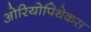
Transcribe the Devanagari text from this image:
ओरियोपिथेकस